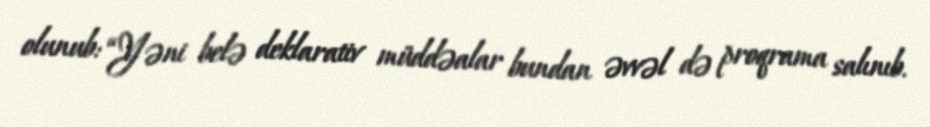
olunub: “Yəni belə deklarativ müddəalar bundan əvvəl də proqrama salınıb.